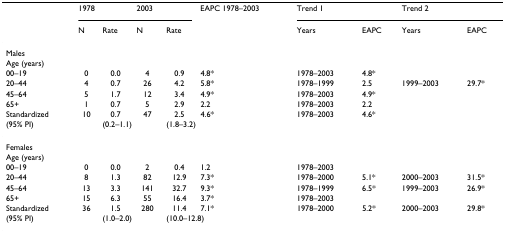
|  | <COLSPAN=2> 1978 | <COLSPAN=2> 2003 | EAPC 1978–2003 | <COLSPAN=2> Trend 1 | <COLSPAN=2> Trend 2 |
 |  | N | Rate | N | Rate |  | Years | EAPC | Years | EAPC |
 | --- | --- | --- | --- | --- | --- | --- | --- | --- | --- |
 | Males |  |  |  |  |  |  |  |  |  |
 | Age (years) |  |  |  |  |  |  |  |  |  |
 | 00–19 | 0 | 0.0 | 4 | 0.9 | 4.8* | 1978–2003 | 4.8* |  |  |
 | 20–44 | 4 | 0.7 | 26 | 4.2 | 5.8* | 1978–1999 | 2.5 | 1999–2003 | 29.7* |
 | 45–64 | 5 | 1.7 | 12 | 3.4 | 4.9* | 1978–2003 | 4.9* |  |  |
 | 65+ | 1 | 0.7 | 5 | 2.9 | 2.2 | 1978–2003 | 2.2 |  |  |
 | Standardized | 10 | 0.7 | 47 | 2.5 | 4.6* | 1978–2003 | 4.6* |  |  |
 | (95% PI) |  | <COLSPAN=2> (0.2–1.1) | <COLSPAN=2> (1.8–3.2) |  |  |  |  |
 | Females |  |  |  |  |  |  |  |  |  |
 | Age (years) |  |  |  |  |  |  |  |  |  |
 | 00–19 | 0 | 0.0 | 2 | 0.4 | 1.2 | 1978–2003 |  |  |  |
 | 20–44 | 8 | 1.3 | 82 | 12.9 | 7.3* | 1978–2000 | 5.1* | 2000–2003 | 31.5* |
 | 45–64 | 13 | 3.3 | 141 | 32.7 | 9.3* | 1978–1999 | 6.5* | 1999–2003 | 26.9* |
 | 65+ | 15 | 6.3 | 55 | 16.4 | 3.7* | 1978–2003 |  |  |  |
 | Standardized | 36 | 1.5 | 280 | 11.4 | 7.1* | 1978–2000 | 5.2* | 2000–2003 | 29.8* |
 | (95% PI) |  | <COLSPAN=2> (1.0–2.0) | <COLSPAN=2> (10.0–12.8) |  |  |  |  |